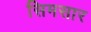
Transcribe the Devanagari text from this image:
सिमसार